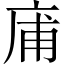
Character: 庯